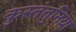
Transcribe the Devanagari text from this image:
कुस्तंतुनिया